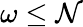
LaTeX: \omega\leq\mathcal{N}